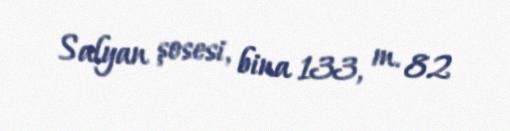
Salyan şosesi, bina 133, m. 82